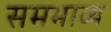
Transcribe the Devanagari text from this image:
समभाव्य